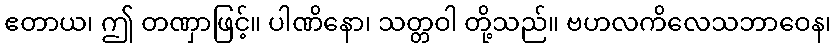
ဧတာယ၊ ဤ တဏှာဖြင့်။ ပါဏိနော၊ သတ္တဝါ တို့သည်။ ဗဟလကိလေသဘာဝေန၊